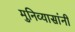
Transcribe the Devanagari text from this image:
मुनिव्यासांनी